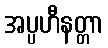
အပ္ပဟီနတ္တာ